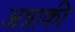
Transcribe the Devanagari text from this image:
अन्नाकी